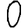
Digit: 0